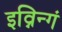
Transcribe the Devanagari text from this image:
इव्निन्गं